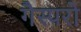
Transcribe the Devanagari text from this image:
गैस्परो